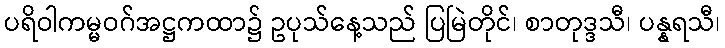
ပရိဝါကမ္မဝဂ်အဋ္ဌကထာ၌ ဥပုသ်နေ့သည် ပြမြဲတိုင်၊ စာတုဒ္ဒသီ၊ ပန္နရသီ၊